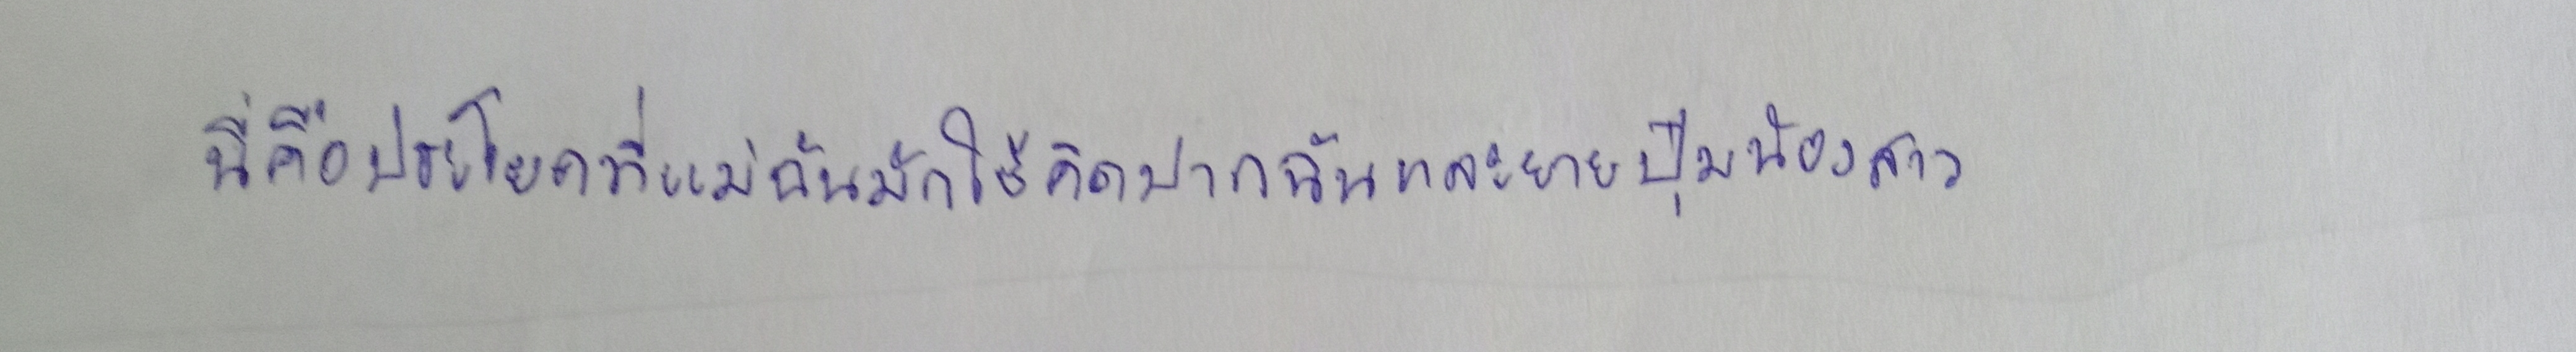
นี่คือประโยคที่แม่ฉันมักใช้คิดปากฉันและยายปุ๋มน้องสาว